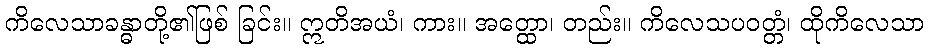
ကိလေသာခန္ဓာတို့၏ဖြစ် ခြင်း။ ဣတိအယံ၊ ကား။ အတ္ထော၊ တည်း။ ကိလေသပဝတ္တံ၊ ထိုကိလေသာ